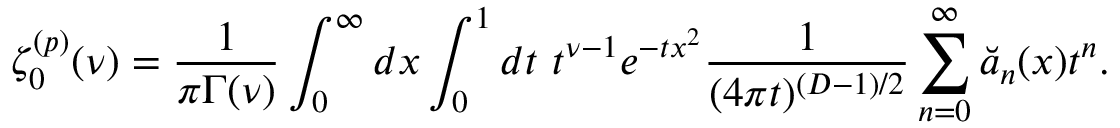
\zeta _ { 0 } ^ { ( p ) } ( \nu ) = { \frac { 1 } { \pi \Gamma ( \nu ) } } \int _ { 0 } ^ { \infty } d x \int _ { 0 } ^ { 1 } d t ~ t ^ { \nu - 1 } e ^ { - t x ^ { 2 } } { \frac { 1 } { ( 4 \pi t ) ^ { ( D - 1 ) / 2 } } } \sum _ { n = 0 } ^ { \infty } \breve { a } _ { n } ( x ) t ^ { n } .